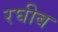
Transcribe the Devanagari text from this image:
रघीब